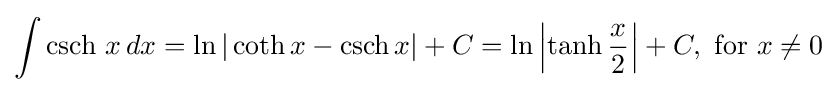
\int \operatorname {csch} \,x\,dx=\ln |\operatorname {coth} x-\operatorname {csch} x|+C=\ln \left|\tanh {x \over 2}\right|+C,{\text{ for }}x\neq 0